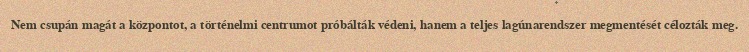
Nem csupán magát a központot, a történelmi centrumot próbálták védeni, hanem a teljes lagúnarendszer megmentését célozták meg.